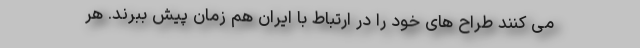
می کنند طراح های خود را در ارتباط با ایران هم زمان پیش ببرند. هر